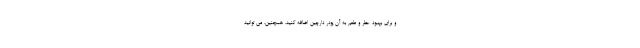
و برای بهبود عطر و طعم به آن پودر دارچین اضافه کنید. همچنین، می توانید